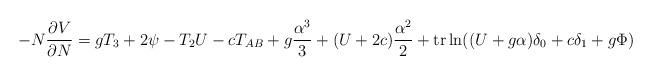
LaTeX: \begin{align*}-N {\partial V \over \partial N}=g T_3 +2 \psi-T_2 U -c T_{AB}+g {\alpha^3\over 3}+(U+2 c) {\alpha^2 \over 2}+\makebox{tr}\ln((U+g \alpha) \delta_0+c \delta_1+g\Phi)\end{align*}